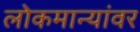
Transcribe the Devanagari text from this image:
लोकमान्यांवर